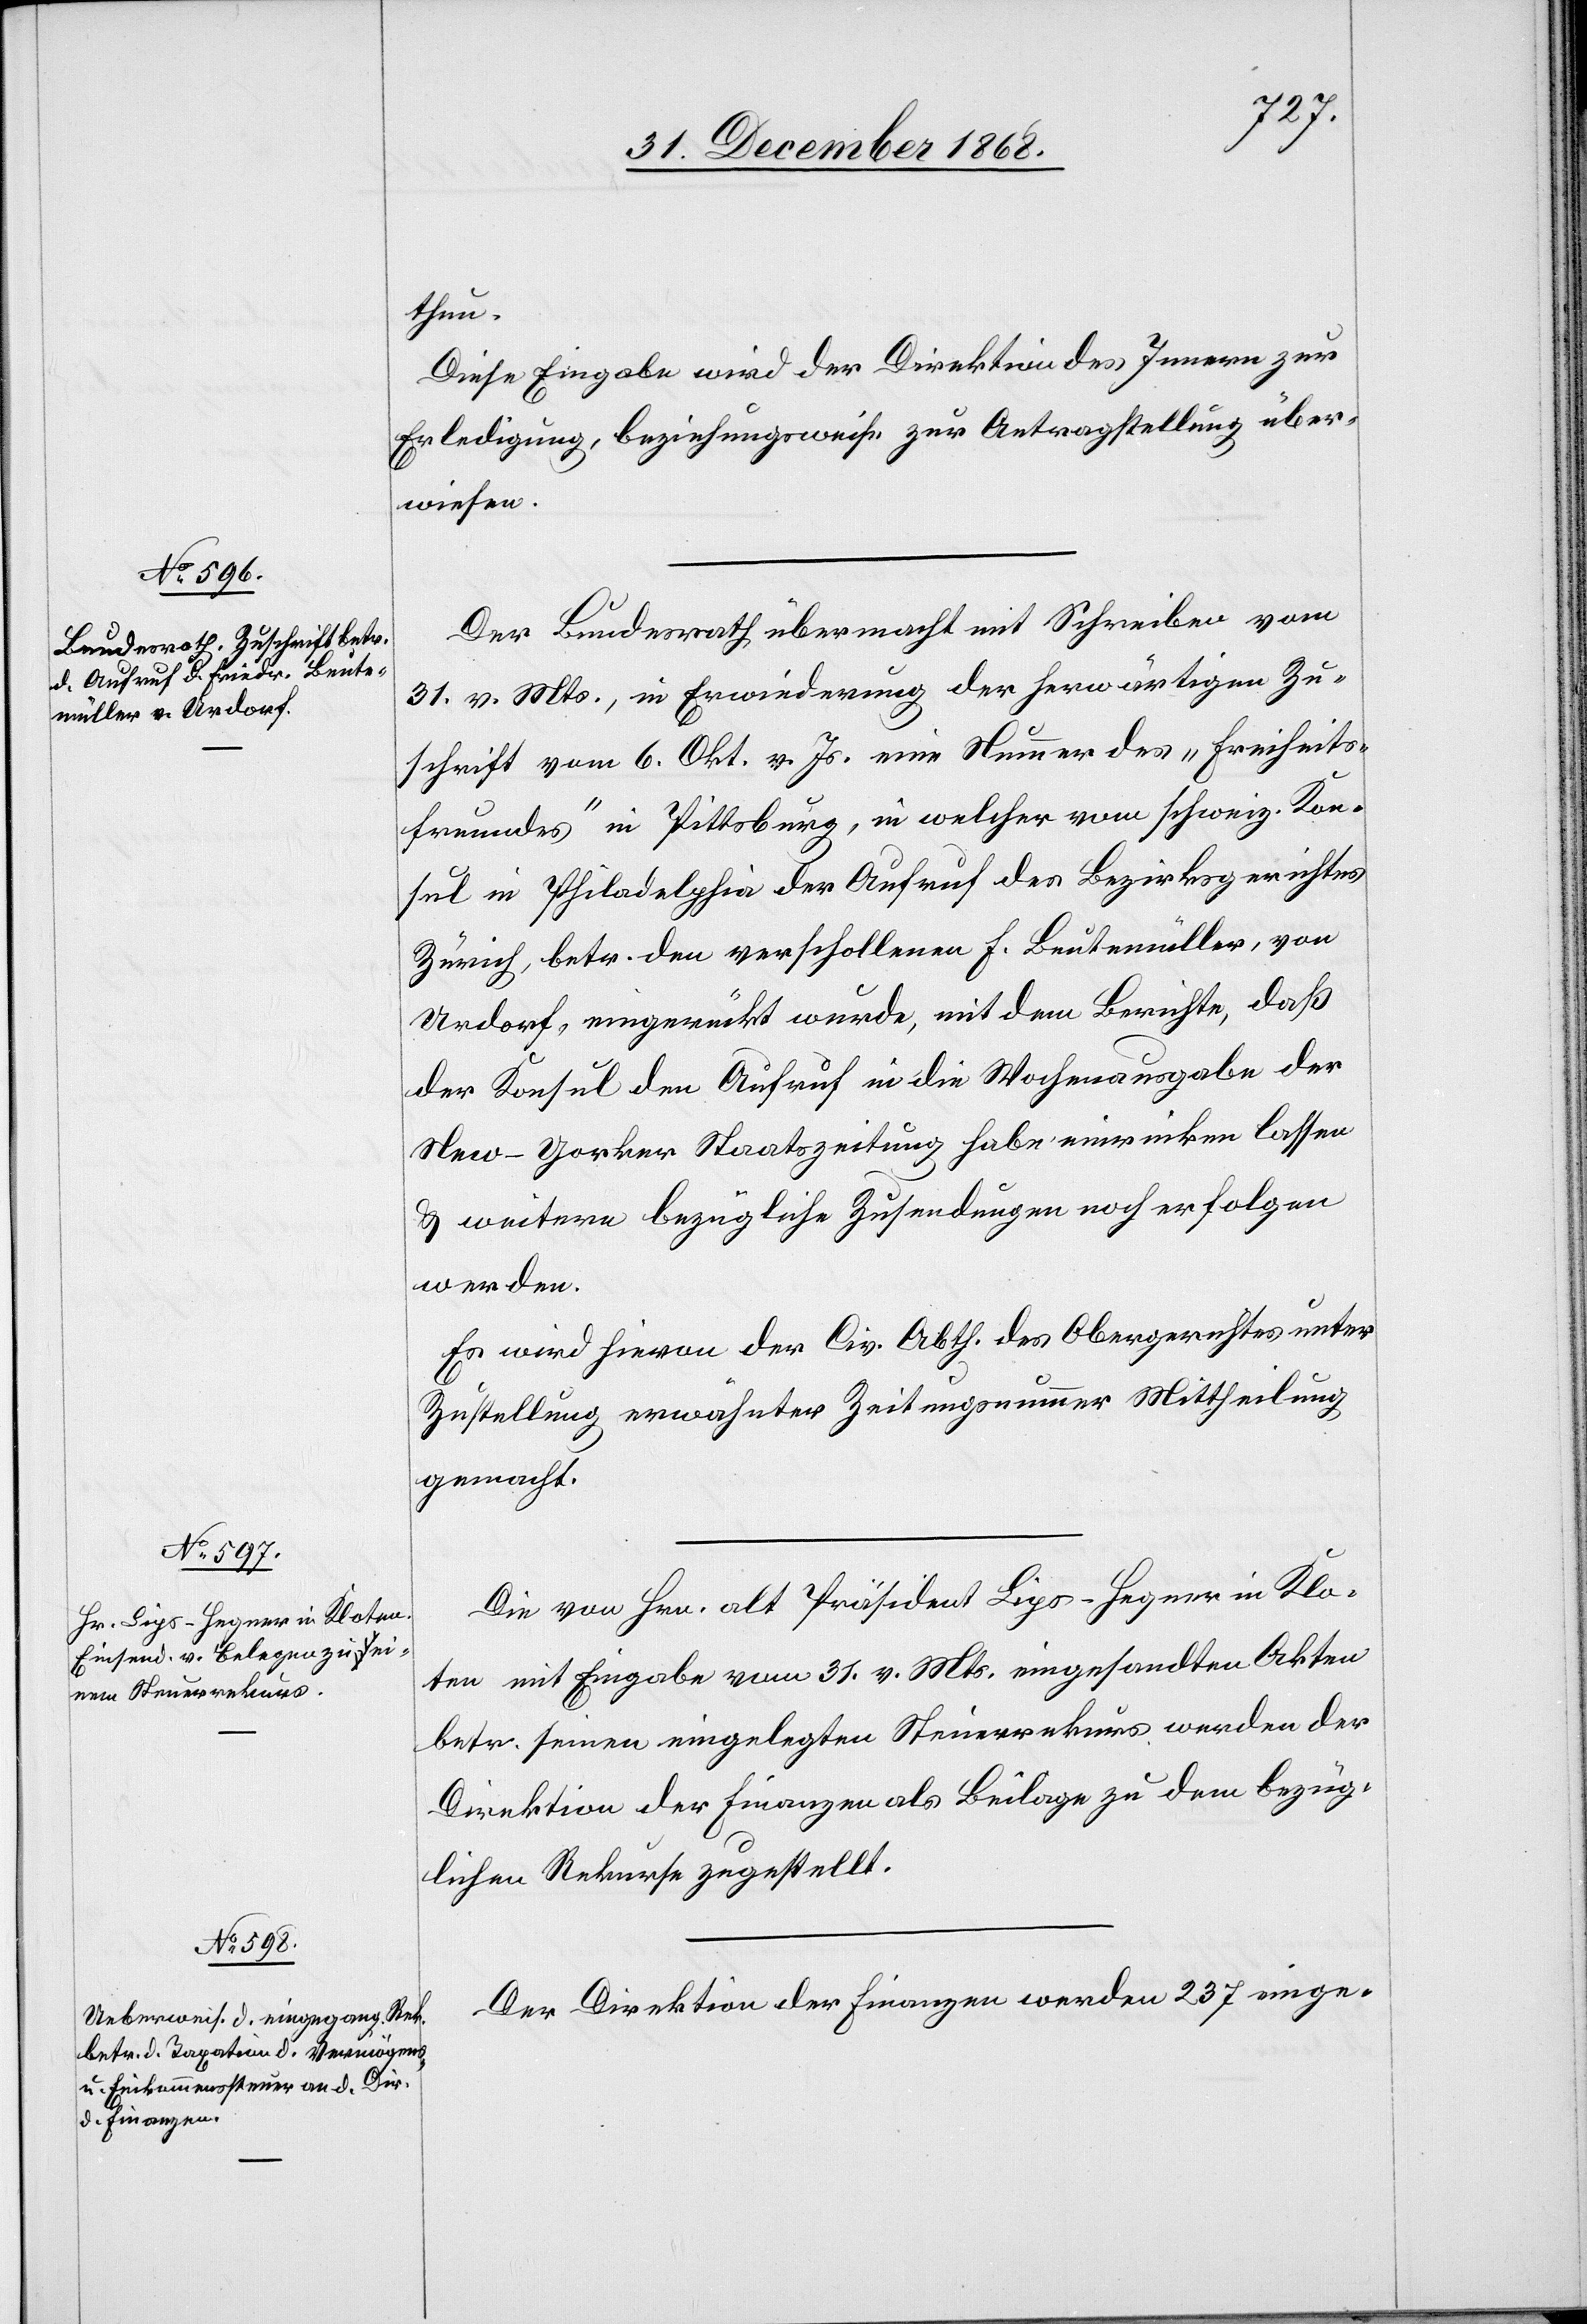
thun.
Diese Eingabe wird der Direktion des Innern zur
Erledigung, beziehungsweise zur Antragstellung über¬
wiesen.
Der Bundesrath übermacht mit Schreiben vom
31. v. Mts., in Erwiederung der herwärtigen Zu¬
schrift vom 6. Okt. v. Js. eine Nummer des „Freiheits¬
freundes“ in Pittsburg, in welcher vom schweiz. Kon¬
sul in Philadelphia der Aufruf des Bezirksgerichtes
Zürich, betr. den verschollenen F. Beutemüller, von
Urdorf, eingerückt wurde, mit dem Berichte, das
der Konsul den Aufruf in die Wochenausgabe der
New-Yorker Staatszeitung habe einrücken lassen
& weitere bezügliche Zusendungen noch erfolgen
werden.
Es wird hievon der Civ. Abth. des Obergerichtes unter
Zustellung erwähnter Zeitungsnummer Mittheilung
gemacht.
Die von Hrn. alt Präsident Lips-Hegner in Klo¬
ten mit Eingabe vom 31. v. Mts. eingesandten Akten
betr. seinen eingelegten Steuerrekurs werden der
Direktion der Finanzen als Beilage zu dem bezüg¬
lichen Rekurse zugestellt.
Der Direktion der Finanzen werden 237 einge-